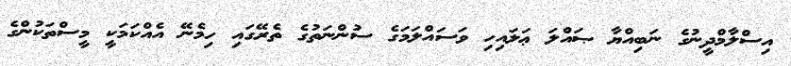
އިސްލާމްދީނުގެ ނަބިއްޔާ ޞައްލަ ޢަލައިހި ވަސައްލަމަގެ ސުންނަތުގެ ތެރޭގައި ހިމެނޭ އެއްކަމަކީ މީސްތަކުންގެ